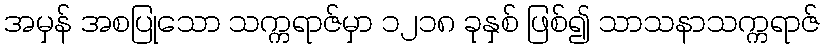
အမှန် အစပြုသော သက္ကရာဇ်မှာ ၁၂၁၈ ခုနှစ် ဖြစ်၍ သာသနာသက္ကရာဇ်